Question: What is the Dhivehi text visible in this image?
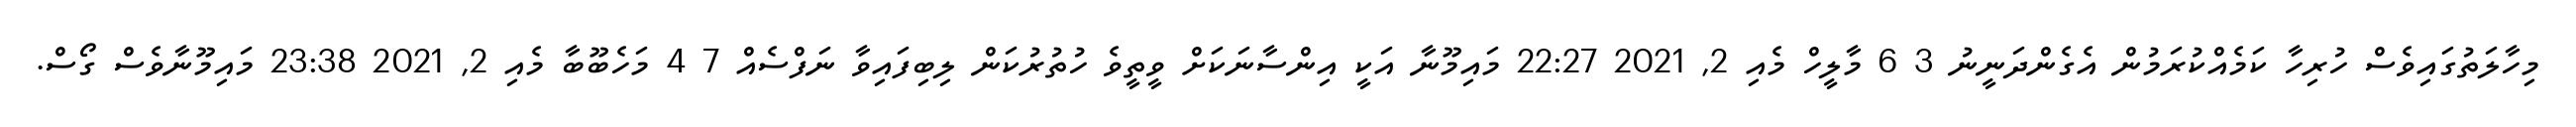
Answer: މިހާލަތުގައިވެސް ހުރިހާ ކަމެއްކުރަމުން އެގެންދަނީނު 3 6 މާލީހް މެއި 2, 2021 22:27 މައިމޫނާ އަކީ އިންސާނަކަށް ވީތީވެ ހުތުރުކަން ލިބިފައިވާ ނަފްސެއް 7 4 މަހެބޫބާ މެއި 2, 2021 23:38 މައިމޫނާވެސް ގޯސް.